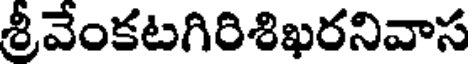
శ్రీవేంకటగిరిశిఖరనివాస